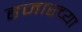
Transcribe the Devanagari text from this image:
हजारच्या